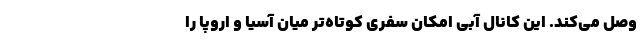
وصل می‌کند. این کانال آبی امکان سفری کوتاه‌تر میان آسیا و اروپا را